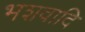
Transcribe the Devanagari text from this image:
भशवादि